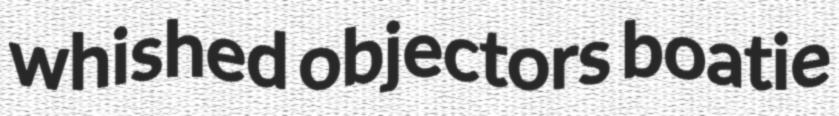
whished objectors boatie